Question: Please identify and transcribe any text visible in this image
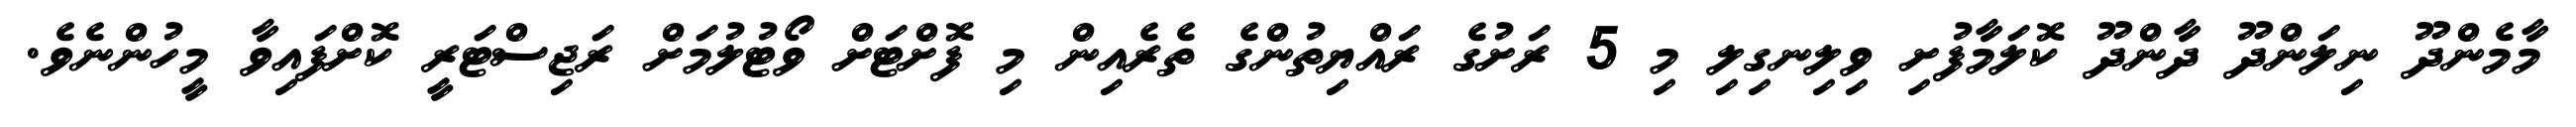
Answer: މާމެންދޫ ނިލަންދޫ ދާންދޫ ކޮލަމާފުށި ވިލިނގިލި މި 5 ރަށުގެ ރައްޔިތުންގެ ތެރެއިން މި ފޮށްޓަށް ވޯޓުލުމަށް ރަޖިސްޓަރީ ކޮށްފައިވާ މީހުންނެވެ.